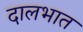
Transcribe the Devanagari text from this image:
दालभात